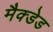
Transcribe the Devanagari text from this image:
मैक्डेड